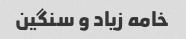
خامه زیاد و سنگین